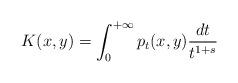
LaTeX: \begin{align*}K(x,y)=\int_0^{+\infty} p_t(x,y) \frac{dt}{t^{1+s}}\end{align*}